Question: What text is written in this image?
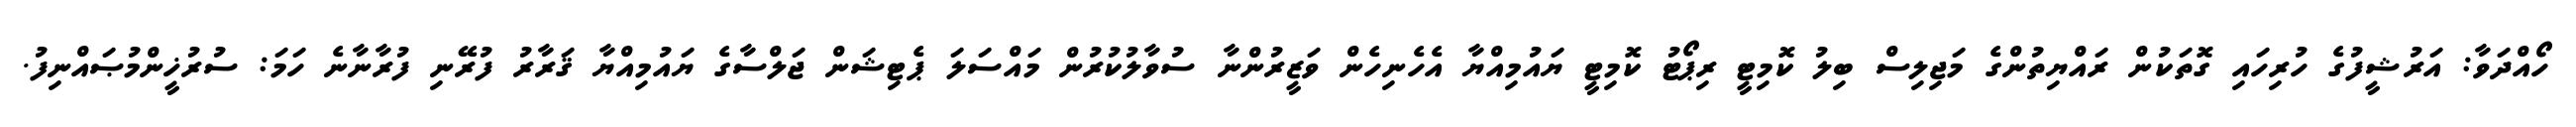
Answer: ހޯއްދަވާ: އަރުޝީފުގެ ހުރިހައި ގޮތަކުން ރައްޔިތުންގެ މަޖިލިސް ބިލު ކޮމިޓީ ރިޕޯޓު ކޮމިޓީ ޔައުމިއްޔާ އެހެނިހެން ވަޒީރުންނާ ސުވާލުކުރުން މައްސަލަ ޕެޓިޝަން ޖަލްސާގެ ޔައުމިއްޔާ ޤަރާރު ފުރޭނި ފުރާނާނެ ހަމަ: ސުރުޚީންމުޞައްނިފު.